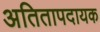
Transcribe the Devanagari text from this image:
अतितापदायक